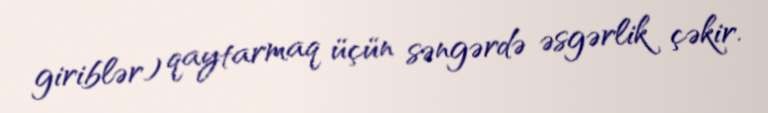
giriblər) qaytarmaq üçün səngərdə əsgərlik çəkir.